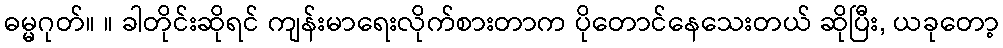
ဓမ္မဂုတ်။ ။ ခါတိုင်းဆိုရင် ကျန်းမာရေးလိုက်စားတာက ပိုတောင်နေသေးတယ် ဆိုပြီး, ယခုတော့